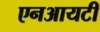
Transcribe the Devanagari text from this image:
एनआयटी